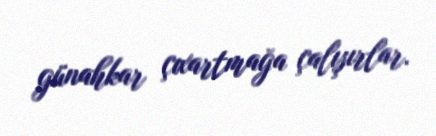
günahkar çıxartmağa çalışırlar.